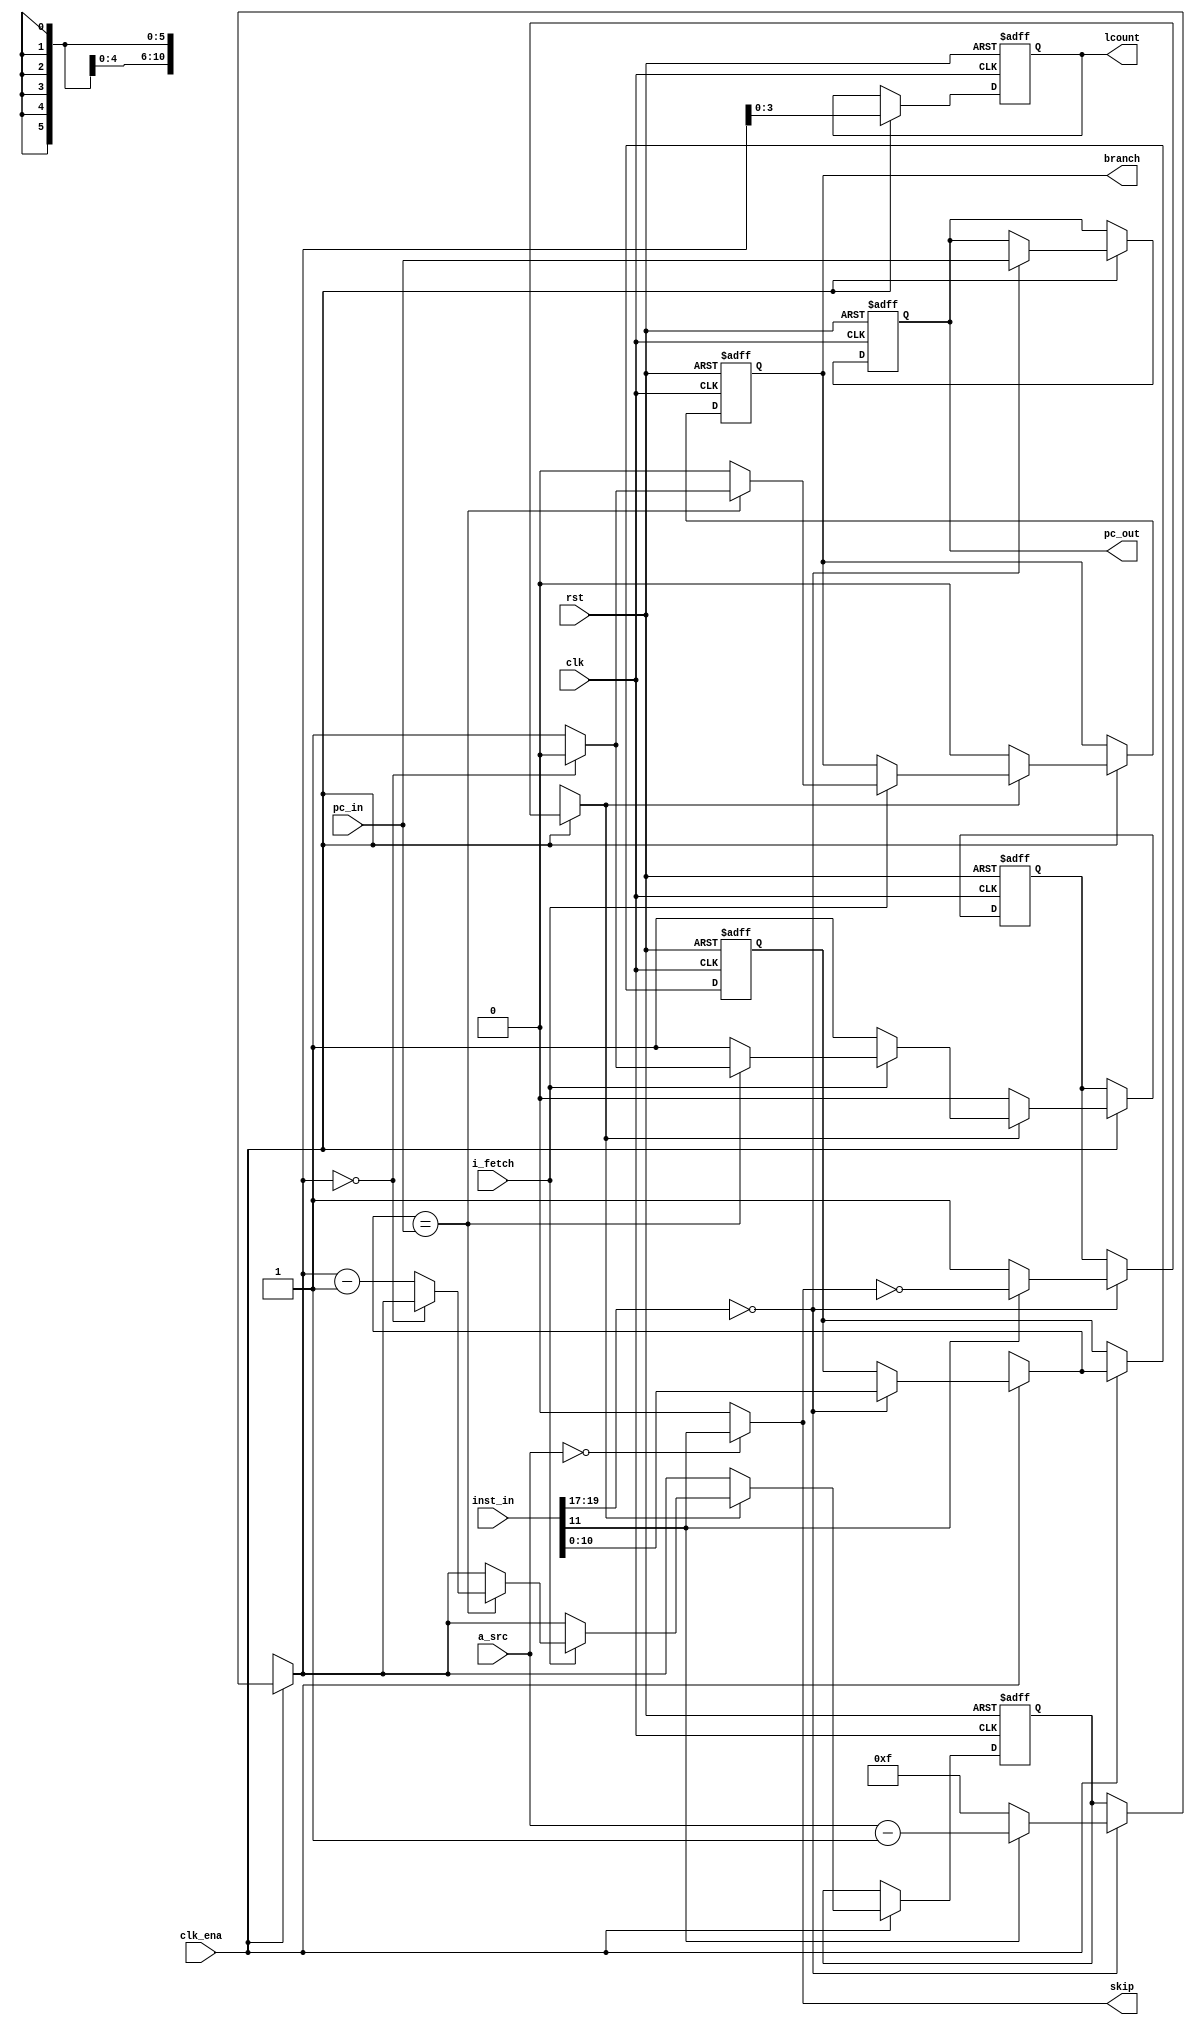
// This program was cloned from: https://github.com/atrac17/Toaplan2
// License: GNU General Public License v3.0

// Copyright 2011-2018 Frederic Requin
//
// This file is part of the MCC216 project
//
// The J68 core:
// -------------
// Simple re-implementation of the MC68000 CPU
// The core has the following characteristics:
//  - Tested on a Cyclone III (90 MHz) and a Stratix II (180 MHz)
//  - from 1500 (~70 MHz) to 1900 LEs (~90 MHz) on Cyclone III
//  - 2048 x 20-bit microcode ROM
//  - 256 x 28-bit decode ROM
//  - 2 x block RAM for the data and instruction stacks
//  - stack based CPU with forth-like microcode
//  - not cycle-exact : needs a frequency ~3 x higher
//  - all 68000 instructions are implemented
//  - almost all 68000 exceptions are implemented (only bus error missing)
//  - only auto-vector interrupts supported

module j68_loop
(
    // Clock and reset
    input             rst,     // CPU reset
    input             clk,     // CPU clock
    /* direct_enable = 1 */ input clk_ena, // CPU clock enable
    // Loop control
    input      [19:0] inst_in,
    input             i_fetch, // Instruction fetch
    input      [5:0]  a_src,   // A source
    input      [10:0] pc_in,   // PC input
    output     [10:0] pc_out,  // PC output
    output            branch,  // Loop taken
    output            skip,    // Loop skipped
    output      [3:0] lcount   // Loop count for MOVEM
);

    reg [10:0] r_loop_st;  // Loop start PC
    reg [10:0] r_loop_end; // Loop end PC
    reg  [5:0] r_loop_cnt; // Loop count
    reg        r_loop_ena; // Loop enable
    reg        r_branch;   // Loop taken
    reg  [3:0] r_lcount;   // Loop count for MOVEM

    always @(posedge rst or posedge clk) begin : HW_LOOP
    
        if (rst) begin
            r_loop_st   = 11'd0;
            r_loop_end  = 11'd0;
            r_loop_cnt  = 6'd0;
            r_loop_ena  = 1'b0;
            r_branch   <= 1'b0;
            r_lcount   <= 4'd0;
        end
        else if (clk_ena) begin
            // "LOOP" instruction is executed
            if (inst_in[19:17] == 3'b000) begin
                // Store current PC (start of loop)
                r_loop_st  = pc_in;
                // Store address field (end of loop)
                r_loop_end = inst_in[10:0];
                if (inst_in[11]) begin
                    // "LOOPT"
                    r_loop_cnt = a_src[5:0] - 6'd1;
                    // Skipped if T = 0
                    r_loop_ena = ~skip;
                end
                else begin
                    // "LOOP16"
                    r_loop_cnt = 6'd15;
                    // Always executed
                    r_loop_ena = 1'b1;
                end
            end
            // Loop count for MOVEM
            r_lcount <= r_loop_cnt[3:0];
            
            if (r_loop_ena) begin
                if (i_fetch) begin
                    // End of loop reached
                    if (r_loop_end == pc_in) begin
                        if (r_loop_cnt == 6'd0) begin
                            // Loop count = 0 : exit loop
                            r_branch   <= 1'b0;
                            r_loop_ena  = 1'b0;
                        end
                        else begin
                            // Loop count > 0 : go on
                            r_branch   <= 1'b1;
                            r_loop_cnt  = r_loop_cnt - 6'd1;
                        end
                    end
                    else begin
                        r_branch <= 1'b0;
                    end
                end
            end
            else begin
                r_branch <= 1'b0;
            end
        end
    end
  
    assign branch = r_branch;
    assign lcount = r_lcount;
    // Loop start PC value
    assign pc_out = r_loop_st;
    // Loop skipped when T is null and "LOOPT" instruction
    assign skip   = (a_src[5:0] == 6'd0) ? inst_in[11] : 1'b0;

endmodule